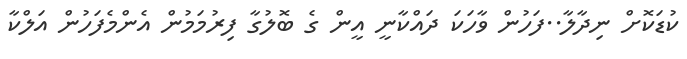
ކުޑަކޮށް ނިދާލާ..ފަހުން ވާހަކަ ދައްކާނީ އީން ގެ ބޮލުގާ ފިރުމަމުން އެންމެފަހުން އަލްކާ